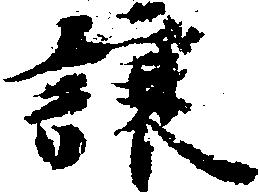
譲